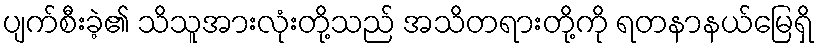
ပျက်စီးခဲ့၏ သိသူအားလုံးတို့သည် အသိတရားတို့ကို ရတနာနယ်မြေရှိ